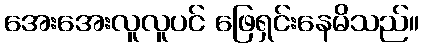
အေးအေးလူလူပင် ဖြေရှင်းနေမိသည်။